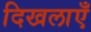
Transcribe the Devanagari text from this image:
दिखलाएँ